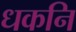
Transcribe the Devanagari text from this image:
धकनि